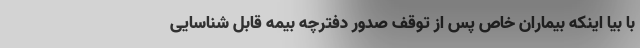
با بیا اینکه بیماران خاص پس از توقف صدور دفترچه بیمه قابل شناسایی